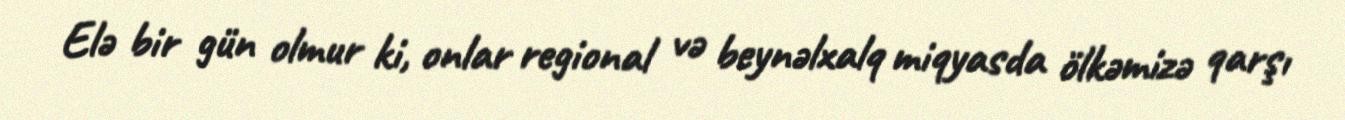
Elə bir gün olmur ki, onlar regional və beynəlxalq miqyasda ölkəmizə qarşı